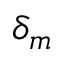
\delta _ { m }